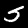
Label: 5